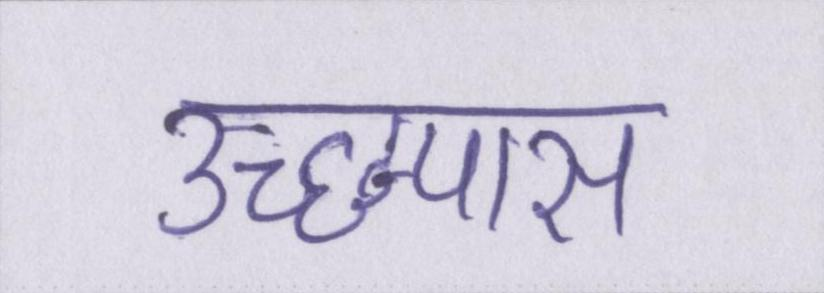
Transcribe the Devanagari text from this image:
उच्छ्वास